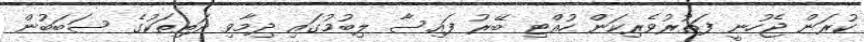
ކުރަން ޖެހުނީ ފަތުރުވެރިކަން ހުއްޓި ބޭރު ފައިސާ ލިބުމުގައި ދިމާވި ދަތިތަކުގެ ސަބަބުން